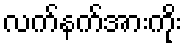
လက်နက်အားကိုး